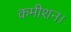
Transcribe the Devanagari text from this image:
कमीशन।